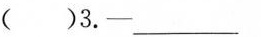
( )3.—___